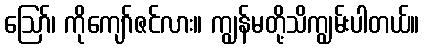
ဪ၊ ကိုကျော်ဇင်လား။ ကျွန်မတို့သိကျွမ်းပါတယ်။